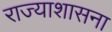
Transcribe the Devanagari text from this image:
राज्याशासना